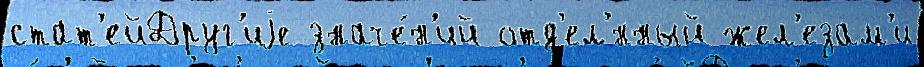
стат'ейДруг'иjе значе́н'ий отд'ел'́нный жел'езам'и